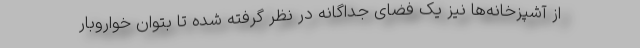
از آشپزخانه‌ها نیز یک فضای جداگانه در نظر گرفته شده تا بتوان خواروبار